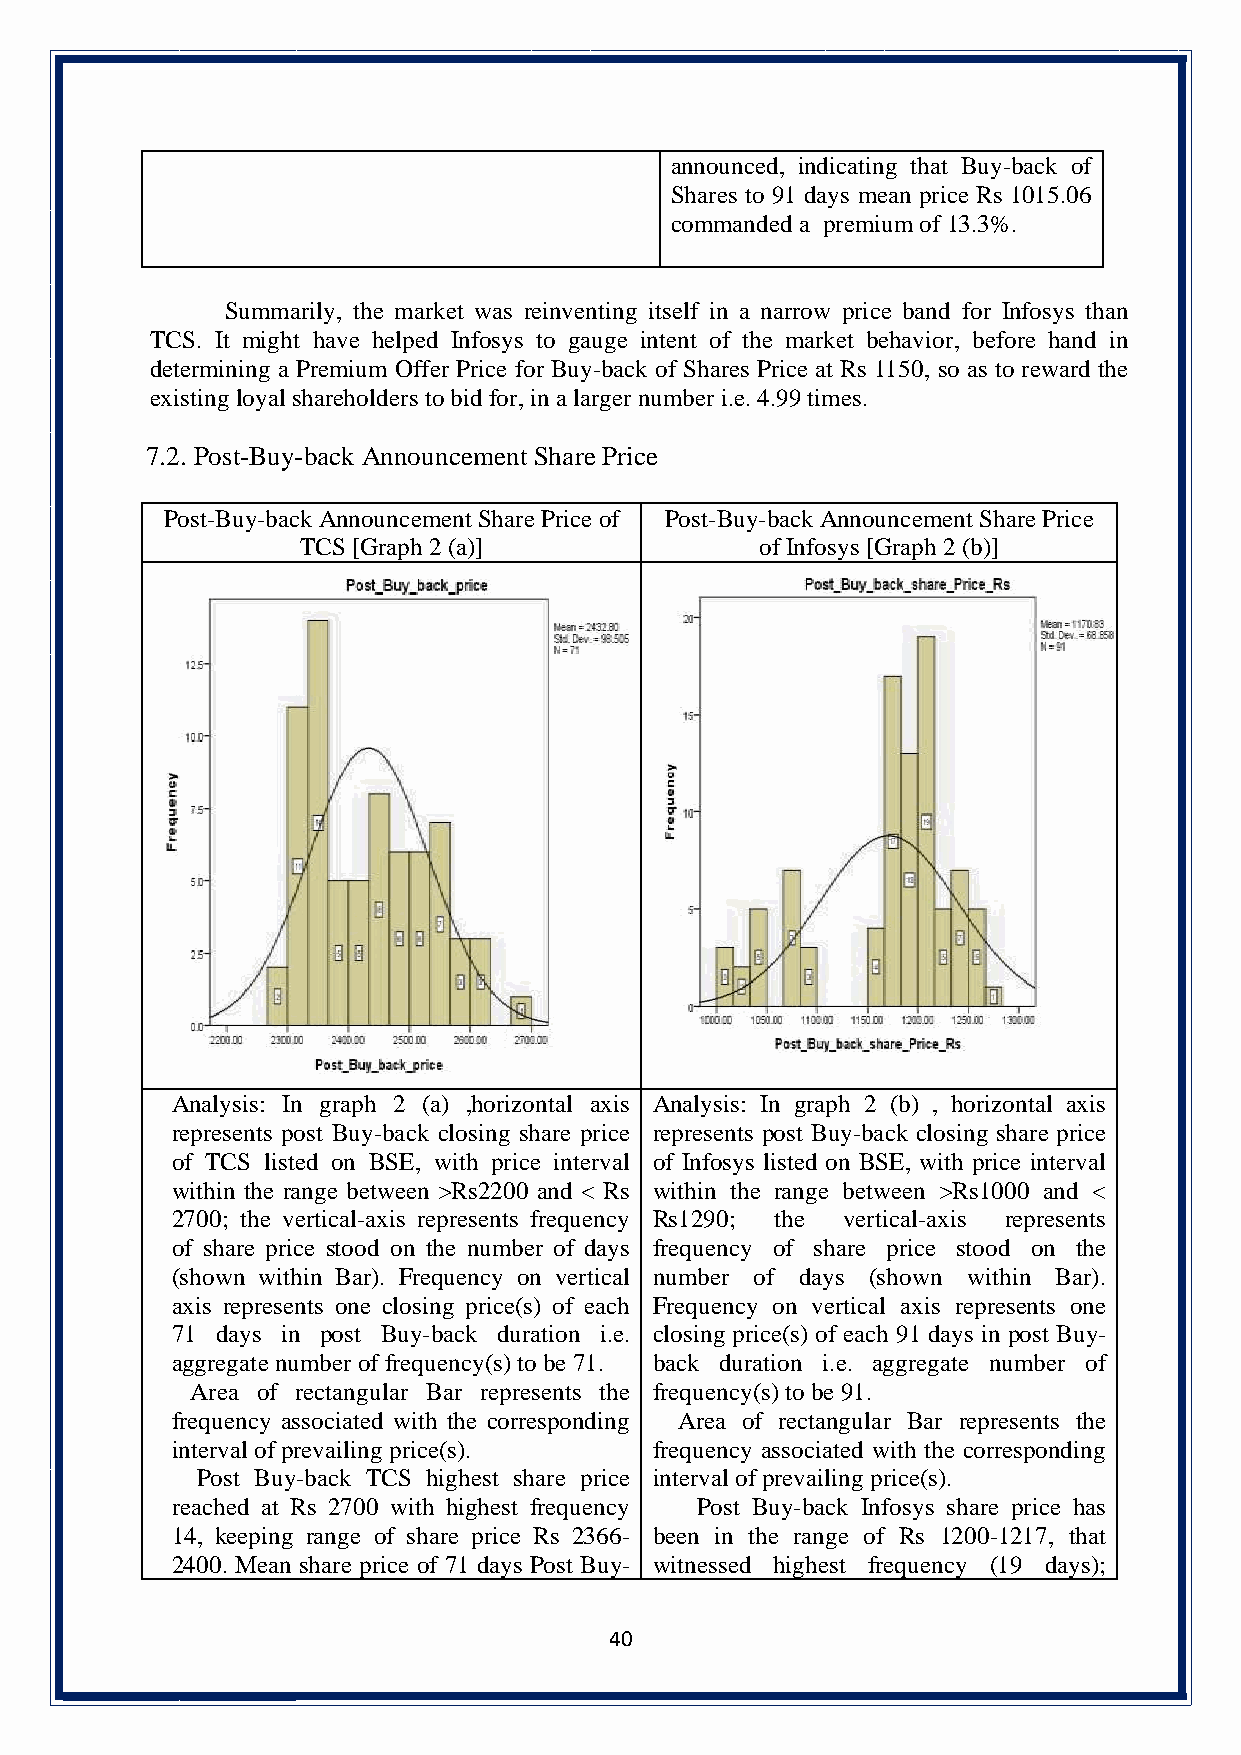
announced, indicating that Buy-back of
 Shares to 91 days mean price Rs 1015.06
 commanded a premium of 13.3%.
 Summarily, the market was reinventing itself in a narrow price band for Infosys than
 TCS. It might have helped Infosys to gauge intent of the market behavior, before hand in
 determining a Premium Offer Price for Buy-back of Shares Price at Rs 1150, so as to reward the
 existing loyal shareholders to bid for, in a larger number i.e. 4.99 times.
 7.2. Post-Buy-back Announcement Share Price
 Post-Buy-back Announcement Share Price of Post-Buy-back Announcement Share Price
 TCS [Graph 2 (a)]             of Infosys [Graph 2 (b)]
 Analysis: In graph 2 (a) ,horizontal axis Analysis: In graph 2 (b) , horizontal axis
 represents post Buy-back closing share price represents post Buy-back closing share price
 of TCS listed on BSE, with price interval of Infosys listed on BSE, with price interval
 within the range between >Rs2200 and < Rs within the range between >Rs1000 and <
 2700; the vertical-axis represents frequency Rs1290; the vertical-axis represents
 of share price stood on the number of days frequency of share price stood on the
 (shown within Bar). Frequency on vertical number of days (shown within Bar).
 axis represents one closing price(s) of each Frequency on vertical axis represents one
 71 days in post Buy-back duration i.e. closing price(s) of each 91 days in post Buy-
 aggregate number of frequency(s) to be 71. b ack duration i.e. aggregate number of
 Area of rectangular Bar represents the frequency(s) to be 91.
 frequency associated with the corresponding Area of rectangular Bar represents the
 interval of prevailing price(s). frequency associated with the corresponding
 Post Buy-back TCS highest share price interval of prevailing price(s).
 reached at Rs 2700 with highest frequency Post Buy-back Infosys share price has
 14, keeping range of share price Rs 2366- been in the range of Rs 1200-1217, that
 2400. Mean share price of 71 days Post Buy- witnessed highest frequency (19 days);
 40